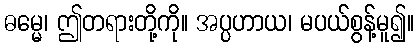
ဓမ္မေ၊ ဤတရားတို့ကို။ အပ္ပဟာယ၊ မပယ်စွန့်မူ၍။